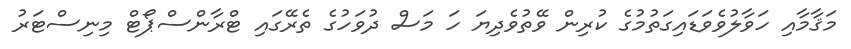
މަޤާމާއި ހަވާލުވެވަޑައިގަތުމުގެ ކުރިން ވޭތުވެދިޔަ ހަ މަސް ދުވަހުގެ ތެރޭގައި ޓްރާންސްޕޯޓް މިނިސްޓަރު